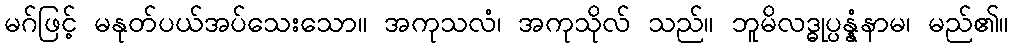
မဂ်ဖြင့် မနုတ်ပယ်အပ်သေးသော။ အကုသလံ၊ အကုသိုလ် သည်။ ဘူမိလဒ္ဓုပ္ပန္နံနာမ၊ မည်၏။